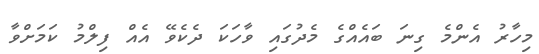
މިހާރު އެންމެ ގިނަ ބައެއްގެ މެދުގައި ވާހަކަ ދެކެވޭ އެއް ފިލްމު ކަމަށްވާ